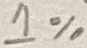
Text: 1%